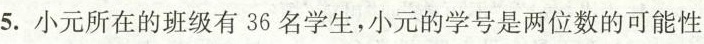
5.小元所在的班级有36名学生，小元的学号是两位数的可能性